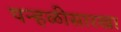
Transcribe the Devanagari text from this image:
पन्हळीसारखा